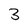
Character: 3